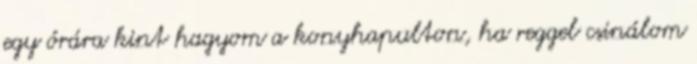
egy órára kint hagyom a konyhapulton, ha reggel csinálom